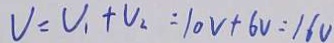
V _ { 1 } + V _ { 2 } = 1 0 V + 6 V = 1 6 V